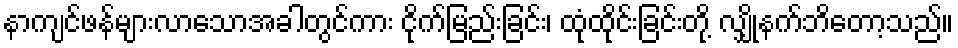
နာကျင်ဖန်များလာသောအခါတွင်ကား ငိုက်မြည်းခြင်း၊ ထုံထိုင်းခြင်းတို့ လျှိုနက်ဘိတော့သည်။